Indian journal of veterinary science and animal husbandry - Volume 2,
Year: 1932
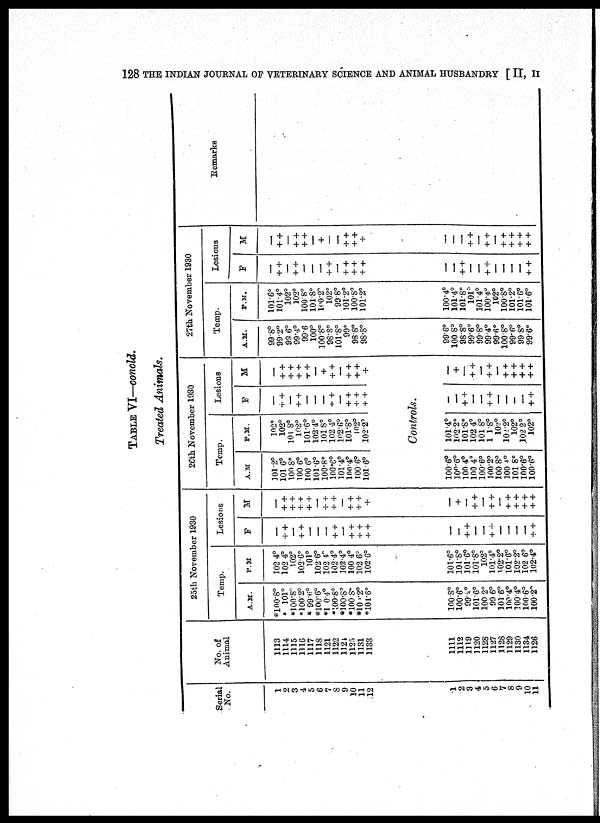
128 THE INDIAN JOURNAL OF VETERINARY SCIENCE AND ANIMAL HUSBANDRY [ II, II
TABLE VI—concld.
Treated Animals.
Serial
No.
1
2
3
4
5
6
7
8
9
10
11
12
No. of
Animal
1113
1114
1115
1116
1117
1118
1121
1122
1124
1125
1131
1133
25th November 1930
Temp.
A.M.
*100.8°
* 101°
*100.8°
*100.2°
* 99.6°
*100.6°
*100.4°
*100.8°
*100.8°
*100.8°
*100.2°
*101.6°
P.M.
102.4°
102.4°
102°
102.6°
101°
102.6°
102.4°
102.4°
102.4°
100.4°
102.6°
102.6°
Lesions
F
—
+ +
—
+ +
—
—
—
+ +
—
+ +
+ +
++
M
—
++
++
++
++
—
+ +
++
—
++
++
+
1
2
3
4
5
6
7
8
9
10
11
1111
1112
1119
1120
1128
1127
1128
1129
1130
1134
1126
100.8°
100.6°
99.2°
101.6°
100.2°
99.6°
101.6°
100.4°
100.4°
100.6°
100.2°
101.6°
101.8°
101.6°
101.8°
102°
101.4°
102.2°
101.6°
102.2°
102.6°
102.4°
—
—
+ +
—
—
++
—
—
—
—
+ +
—
+
—
++
—
+ +
—
+ +
++
+ +
++
26th November 1930
Temp.
A.M.
101.2°
101.6°
100.8°
100.6°
100.6°
101.6°
100.8°
100.6°
101.4°
100.4°
100.6°
101.6°
P.M.
102°
102°
101.8°
102°
101.6°
102.4°
101.8°
102.4°
102.6°
101.8°
102°
102.2°
Lesions
F
—
+ +
—
+ +
—
—
—
+ +
—
+ +
++
++
M
—
++
++
+ +
++
+
+ +
—
+ +
+ +
+
Controls.
100.6°
100.6°
100.4°
100.4°
100.6°
100.2°
100.8°
100.4°
101.8°
100.6°
100.6°
101.4°
102.2°
101.8°
102.4°
101.8°
101.8°
102°
102.2°
102°
102.2°
102°
—
—
++
—
—
+ +
—
—
—
—
+ +
—
+
—
+ +
—
+ +
—
+ +
+ +
+ +
+ +
27th November 1930
Temp.
A.M.
99.8°
99.2°
99.6°
99.4°
99.6
100°
100.8°
98.8°
101.8°
99°
98.8°
98.8°
P.M.
101.6°
101.4°
102°
102°
100.8°
101.8°
100.2°
102°
99.8°
101.2°
100.8°
101.2°
Lesions
F
—
+ +
—
++
—
—
—
+ +
—
++
++
+ +
M
—
+ +
—
+ +
++
—
+
—
—
+ +
+ +
+
Remarks
99.6°
100.8°
98.8°
99.6°
99.8°
99.4°
99.6°
100.8°
99.6°
99.8°
99.6°
100.4°
101.4°
101.8°
101°
101.4°
100.4°
102°
100.8°
101.2°
101.6°
101.6°
—
++
—
—
++
—
—
—
—
++
—
—
+ +
—
+ +
—
+ +
++
+ +
+ +